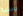
مسلية